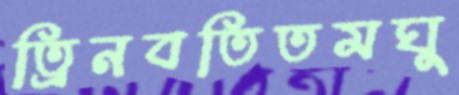
ত্রিনবতিতমঘু